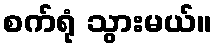
စက်ရုံ သွားမယ်။